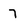
Character: 7